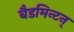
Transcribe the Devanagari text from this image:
बैडमिन्टन्